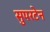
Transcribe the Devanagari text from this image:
सुपरटेन